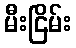
မီးငြိမ်း